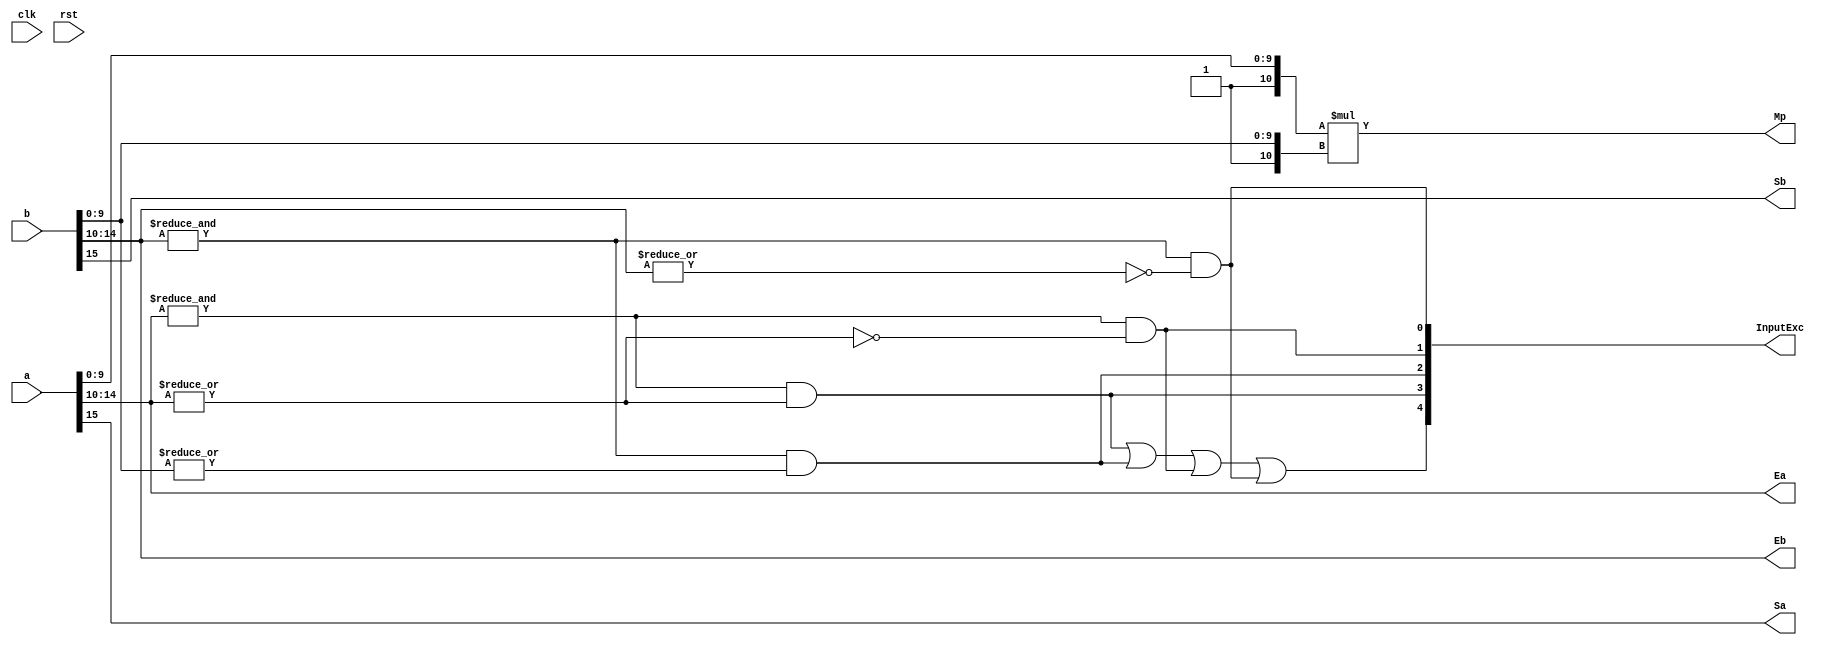
`define BFLOAT16 
`define VCS
`define EXPONENT 8
`define MANTISSA 7
`define EXPONENT 5
`define MANTISSA 10
`define SIGN 1
`define DWIDTH (`SIGN+`EXPONENT+`MANTISSA)
`define AWIDTH 10
`define MEM_SIZE 1024
`define DESIGN_SIZE 12
`define CU_SIZE 4
`define MASK_WIDTH 4
`define MEM_ACCESS_LATENCY 1
`define REG_DATAWIDTH 32
`define REG_ADDRWIDTH 8
`define ITERATIONS_WIDTH 32
`define REG_STDN_ADDR 32'h4
`define REG_MATRIX_A_ADDR 32'he
`define REG_MATRIX_B_ADDR 32'h12
`define REG_MATRIX_C_ADDR 32'h16
`define REG_VALID_MASK_A_ADDR 32'h20
`define REG_VALID_MASK_B_ADDR 32'h5c
`define REG_ITERATIONS_ADDR 32'h40
`define PE_PIPELINE_DEPTH 5
`define IDLE     2'b00
`define W_ENABLE  2'b01
`define R_ENABLE  2'b10

module FPMult_PrepModule (
		clk,
		rst,
		a,
		b,
		Sa,
		Sb,
		Ea,
		Eb,
		Mp,
		InputExc
	);
	
	// Input ports
	input clk ;
	input rst ;
	input [`DWIDTH-1:0] a ;								// Input A, a 32-bit floating point number
	input [`DWIDTH-1:0] b ;								// Input B, a 32-bit floating point number
	
	// Output ports
	output Sa ;										// A's sign
	output Sb ;										// B's sign
	output [`EXPONENT-1:0] Ea ;								// A's exponent
	output [`EXPONENT-1:0] Eb ;								// B's exponent
	output [2*`MANTISSA+1:0] Mp ;							// Mantissa product
	output [4:0] InputExc ;						// Input numbers are exceptions
	
	// Internal signals							// If signal is high...
	wire ANaN ;										// A is a signalling NaN
	wire BNaN ;										// B is a signalling NaN
	wire AInf ;										// A is infinity
	wire BInf ;										// B is infinity
    wire [`MANTISSA-1:0] Ma;
    wire [`MANTISSA-1:0] Mb;
	
	assign ANaN = &(a[`DWIDTH-2:`MANTISSA]) &  |(a[`DWIDTH-2:`MANTISSA]) ;			// All one exponent and not all zero mantissa - NaN
	assign BNaN = &(b[`DWIDTH-2:`MANTISSA]) &  |(b[`MANTISSA-1:0]);			// All one exponent and not all zero mantissa - NaN
	assign AInf = &(a[`DWIDTH-2:`MANTISSA]) & ~|(a[`DWIDTH-2:`MANTISSA]) ;		// All one exponent and all zero mantissa - Infinity
	assign BInf = &(b[`DWIDTH-2:`MANTISSA]) & ~|(b[`DWIDTH-2:`MANTISSA]) ;		// All one exponent and all zero mantissa - Infinity
	
	// Check for any exceptions and put all flags into exception vector
	assign InputExc = {(ANaN | BNaN | AInf | BInf), ANaN, BNaN, AInf, BInf} ;
	//assign InputExc = {(ANaN | ANaN | BNaN |BNaN), ANaN, ANaN, BNaN,BNaN} ;
	
	// Take input numbers apart
	assign Sa = a[`DWIDTH-1] ;							// A's sign
	assign Sb = b[`DWIDTH-1] ;							// B's sign
	assign Ea = a[`DWIDTH-2:`MANTISSA];						// Store A's exponent in Ea, unless A is an exception
	assign Eb = b[`DWIDTH-2:`MANTISSA];						// Store B's exponent in Eb, unless B is an exception	
//    assign Ma = a[`MANTISSA_MSB:`MANTISSA_LSB];
  //  assign Mb = b[`MANTISSA_MSB:`MANTISSA_LSB];
	


	//assign Mp = ({4'b0001, a[`MANTISSA-1:0]}*{4'b0001, b[`MANTISSA-1:9]}) ;
	assign Mp = ({1'b1,a[`MANTISSA-1:0]}*{1'b1, b[`MANTISSA-1:0]}) ;

	
    //We multiply part of the mantissa here
    //Full mantissa of A
    //Bits MANTISSA_MUL_SPLIT_MSB:MANTISSA_MUL_SPLIT_LSB of B
   // wire [`ACTUAL_MANTISSA-1:0] inp_A;
   // wire [`ACTUAL_MANTISSA-1:0] inp_B;
   // assign inp_A = {1'b1, Ma};
   // assign inp_B = {{(`MANTISSA-(`MANTISSA_MUL_SPLIT_MSB-`MANTISSA_MUL_SPLIT_LSB+1)){1'b0}}, 1'b1, Mb[`MANTISSA_MUL_SPLIT_MSB:`MANTISSA_MUL_SPLIT_LSB]};
   // DW02_mult #(`ACTUAL_MANTISSA,`ACTUAL_MANTISSA) u_mult(.A(inp_A), .B(inp_B), .TC(1'b0), .PRODUCT(Mp));
endmodule